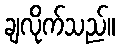
ချလိုက်သည်။